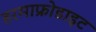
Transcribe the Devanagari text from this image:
हरमाफ्रोडाइट